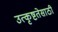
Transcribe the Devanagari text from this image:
उत्कृष्टतेसाठी